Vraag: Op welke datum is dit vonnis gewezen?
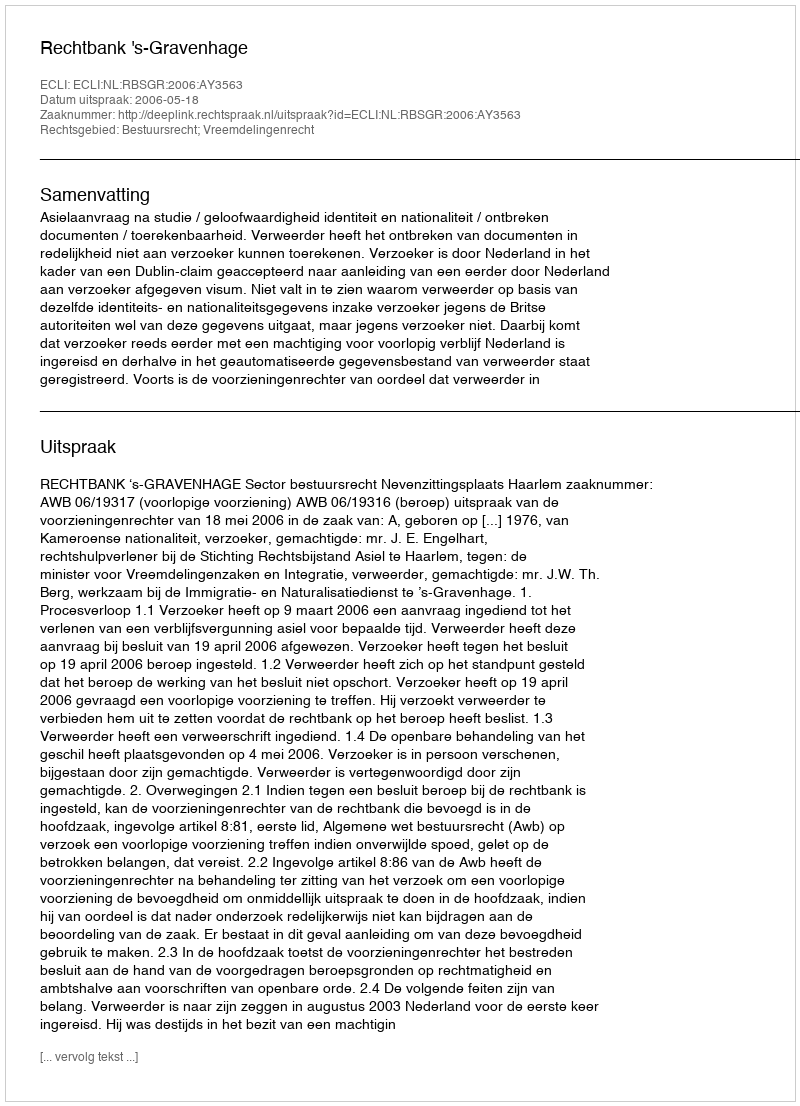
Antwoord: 2006-05-18